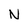
Character: N